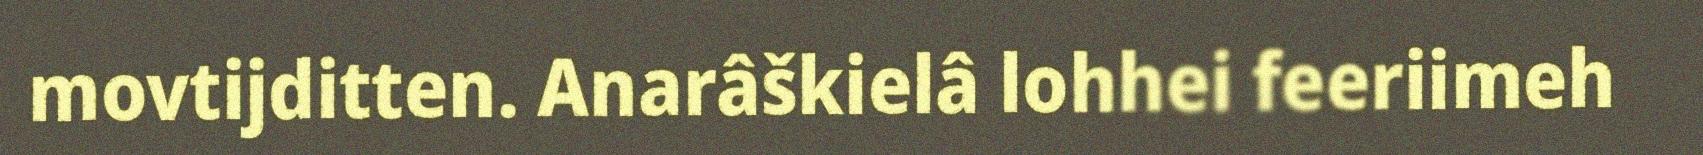
movtijditten. Anarâškielâ lohhei feeriimeh